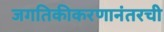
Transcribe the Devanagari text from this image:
जगतिकीकरणानंतरची